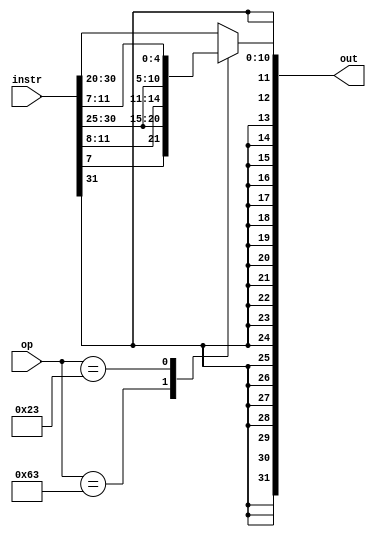
//Immediate Generator for extending 12 bit immediate values to 32 bits
module imm_gen(out,instr,op);
	input [31:0] instr;
	input [6:0] op;
	output reg [31:0] out;
	always@(*)
	begin
		case(op)
			7'b1100011://SB types -> beq,bne
			out = {{20{instr[31]}},instr[31],instr[7],instr[30:25],instr[11:8]};
			7'b0000011:// -> lb,lh,lw,ld,lbu,lhu,lwu
			out = {{20{instr[31]}},instr[31:20]};
			7'b0100011://->sd,sh,sw,sd
			out = {{20{instr[31]}},instr[31:25],instr[11:7]};
			7'b0010011://->addi,slli,srai,ori,andi..
			out = {{20{instr[31]}},instr[31:20]};
			default://default
			out = {{20{instr[31]}},instr[31:20]};
		endcase
	end
	
endmodule